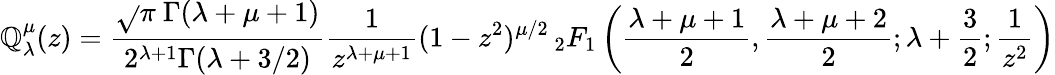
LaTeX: \mathbb{Q}_{\lambda}^{\mu}(z)={\frac{{{\sqrt{}{{\pi}}}\ \Gamma(\lambda+\mu+1)}}{{2^{\lambda+1}\Gamma(\lambda+3/2)}}}{\frac{{1}}{{z^{\lambda+\mu+1}}}}(1-z^{2})^{\mu/2}\, _{2}F_{1}\left({\frac{{\lambda+\mu+1}}{{2}}},{\frac{{\lambda+\mu+2}}{{2}}};\lambda+{\frac{{3}}{{2}}};{\frac{{1}}{{z^{2}}}}\right)